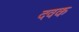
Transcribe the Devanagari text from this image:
दवक